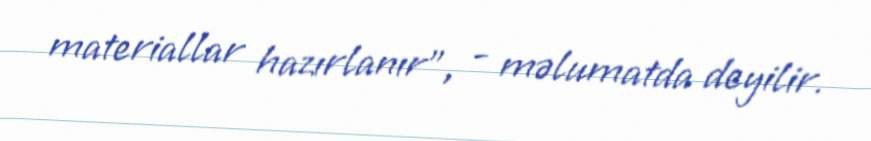
materiallar hazırlanır", - məlumatda deyilir.